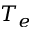
T _ { e }